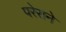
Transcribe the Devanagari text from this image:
परेराने